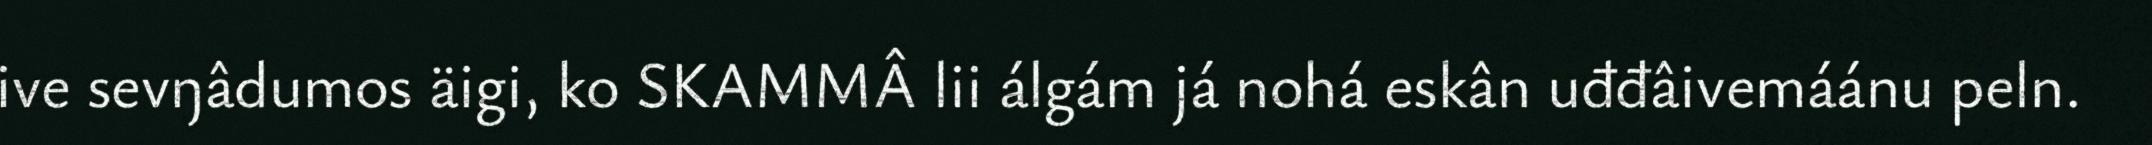
ive sevŋâdumos äigi, ko SKAMMÂ lii álgám já nohá eskân uđđâivemáánu peln.